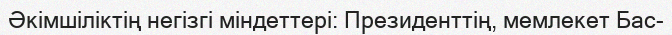
Әкімшіліктің негізгі міндеттері: Президенттің, мемлекет Бас-